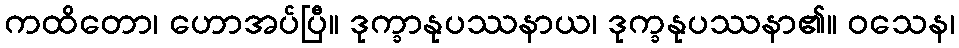
ကထိတော၊ ဟောအပ်ပြီ။ ဒုက္ခာနုပဿနာယ၊ ဒုက္ခနုပဿနာ၏။ ဝသေန၊